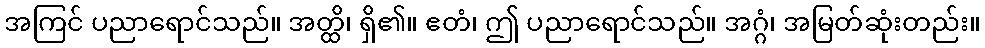
အကြင် ပညာရောင်သည်။ အတ္ထိ၊ ရှိ၏။ ဧတံ၊ ဤ ပညာရောင်သည်။ အဂ္ဂံ၊ အမြတ်ဆုံးတည်း။